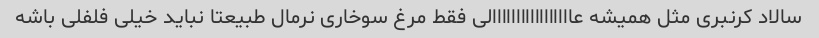
سالاد کرنبری مثل همیشه عااااااااااااااااالی فقط مرغ سوخاری نرمال طبیعتا نباید خیلی فلفلی باشه